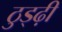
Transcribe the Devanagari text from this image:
ठुड्ढ़ी